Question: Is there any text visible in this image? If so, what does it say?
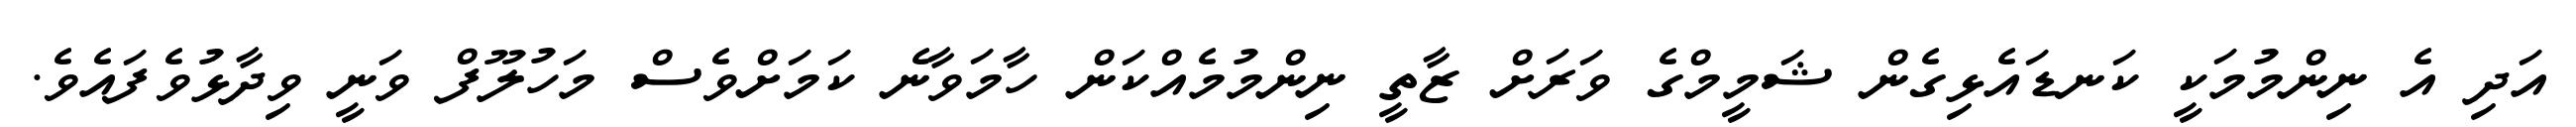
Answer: އަދި އެ ނިންމުމަކީ ކަނޑައެޅިގެން ޝަމީމްގެ ވަރަށް ޒާތީ ނިންމުމެއްކަން ހާމަވާނެ ކަމަށްވެސް މަހުލޫފް ވަނީ ވިދާޅުވެފައެވެ.